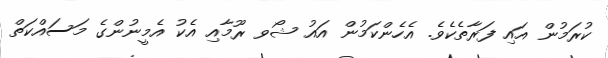
ކުރަމުން އައި ފަރާތެކެވެ. އެހެންކަމުން އައު ޝޯވ ރޫމާއި އެކު އެމީނުންގެ މަސައްކަތް